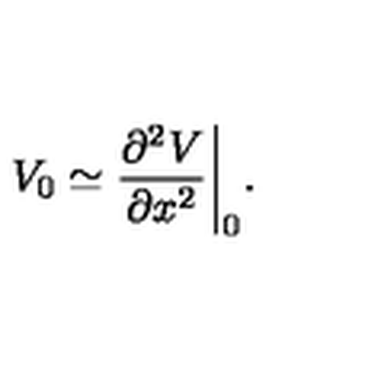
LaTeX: V _ { 0 } \simeq { \frac { \partial ^ { 2 } V } { \partial x ^ { 2 } } } \bigg | _ { 0 } .